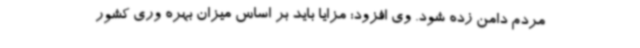
مردم دامن زده شود. وی افزود: مزایا باید بر اساس میزان بهره وری کشور